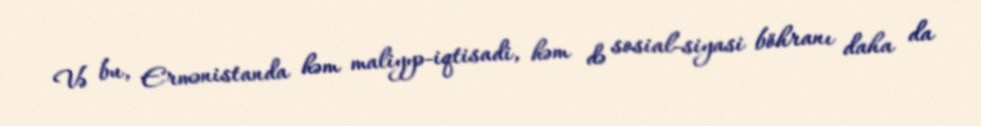
Və bu, Ermənistanda həm maliyyə-iqtisadi, həm də sosial-siyasi böhranı daha da